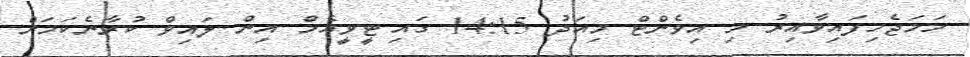
ހަމަޖެހިފައިވާއިރު މި އިވެންޓް މިއަދު 14:15 ގައި ޓީވީއެމް އިން ލައިވް ކުރާނެކަމަށް